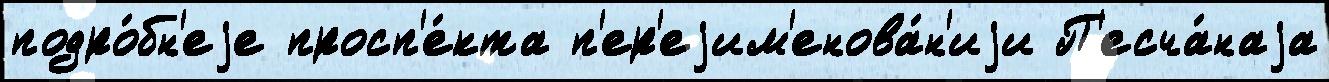
подро́бн'еjе просп'е́кта п'ер'еjим'енова́н'иjи П'есча́наjа